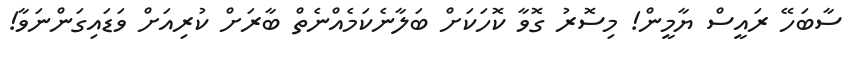
ސާބަހޭ ރައީސް ޔާމީން! މިސޮރު ގޮވާ ކޮހަކަށް ބަލާނެކަމެއްނެތް ބާރަށް ކުރިއަށް ވަޑައިގަންނަވާ!